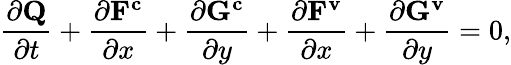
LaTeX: \frac{\partial\mathbf{Q}}{\partial t}+\frac{\partial\mathbf{F^{c}}}{\partial x}+\frac{\partial\mathbf{G^{c}}}{\partial y}+\frac{\partial\mathbf{F^{v}}}{\partial x}+\frac{\partial\mathbf{G^{v}}}{\partial y}=0,